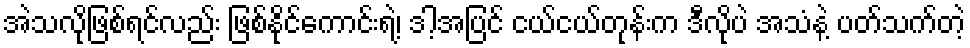
အဲသလိုဖြစ်ရင်လည်း ဖြစ်နိုင်ကောင်းရဲ့၊ ဒါ့အပြင် ငယ်ငယ်တုန်းက ဒီလိုပဲ အသံနဲ့ ပတ်သက်တဲ့